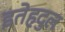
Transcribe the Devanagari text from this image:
इतेहदुल